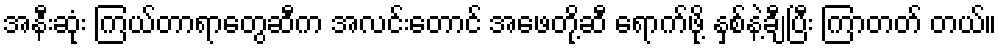
အနီးဆုံး ကြယ်တာရာတွေဆီက အလင်းတောင် အဖေတို့ဆီ ရောက်ဖို့ နှစ်နဲ့ချီပြီး ကြာတတ် တယ်။